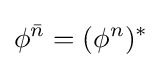
\phi ^{\bar {n}}=(\phi ^{n})^{*}